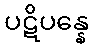
ပဋိပန္နေ